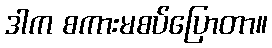
ဒါက စကားမစပ်ပြောတာ။